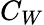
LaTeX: C_{W}